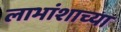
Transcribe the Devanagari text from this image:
लाभांशाच्या